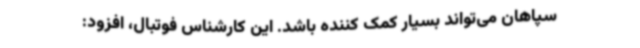
سپاهان می‌تواند بسیار کمک کننده باشد. این کارشناس فوتبال، افزود: